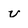
Character: v